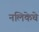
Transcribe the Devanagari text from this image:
नलिकेचे